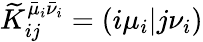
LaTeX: \widetilde{K}_{ij}^{\bar{\mu}_{i}\bar{\nu}_{i}}=(i\mu_{i}\vert j\nu_{i})